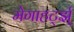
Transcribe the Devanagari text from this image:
मेगाहर्ट्झ्